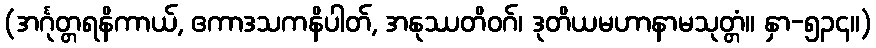
(အင်္ဂုတ္တရနိကာယ်, ဧကာဒသကနိပါတ်, အနုဿတိဝဂ်၊ ဒုတိယမဟာနာမသုတ္တံ။ နှာ-၅၃၄။)